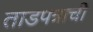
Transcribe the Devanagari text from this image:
ताडपत्राची